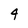
Character: 9